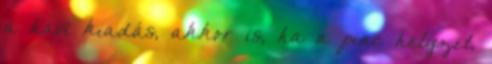
a havi kiadás, akkor is, ha a piac helyzet,